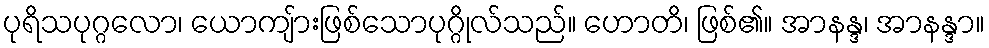
ပုရိသပုဂ္ဂလော၊ ယောကျ်ားဖြစ်သောပုဂ္ဂိုလ်သည်။ ဟောတိ၊ ဖြစ်၏။ အာနန္ဒ၊ အာနန္ဒာ။